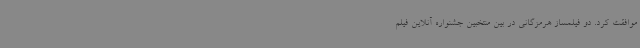
موافقت کرد. دو فیلمساز هرمزگانی در بین منتخبین جشنواره آنلاین فیلم